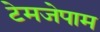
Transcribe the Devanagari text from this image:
टेमजेपाम